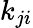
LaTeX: k_{ji}